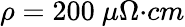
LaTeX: \rho=200\ {\mu}{\Omega}{{·}}{cm}